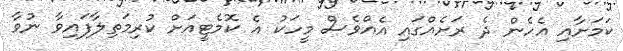
ކަމަށާއި އެހެން ދެ ރަށެއްގައި އެއްވެސް މީހަކު އެ ކޮމެޓީއަށް ކުރިމަތިލާފައިވާ ނުވާ